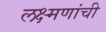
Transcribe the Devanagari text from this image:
लक्ष्मणांची